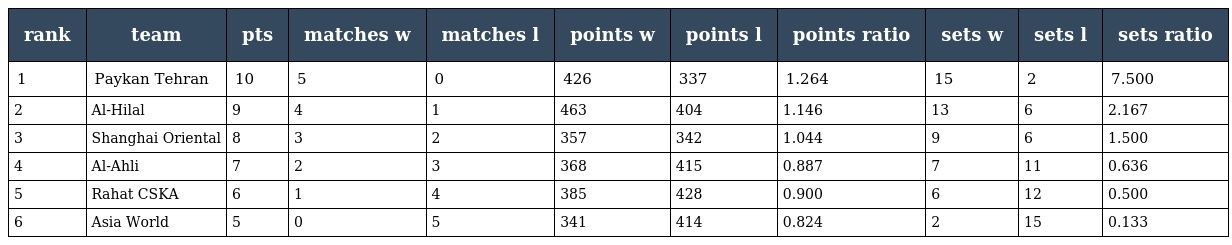
| rank | team | pts | matches w | matches l | points w | points l | points ratio | sets w | sets l | sets ratio |
 | --- | --- | --- | --- | --- | --- | --- | --- | --- | --- | --- |
 | 1 | Paykan Tehran | 10 | 5 | 0 | 426 | 337 | 1.264 | 15 | 2 | 7.500 |
 | 2 | Al-Hilal | 9 | 4 | 1 | 463 | 404 | 1.146 | 13 | 6 | 2.167 |
 | 3 | Shanghai Oriental | 8 | 3 | 2 | 357 | 342 | 1.044 | 9 | 6 | 1.500 |
 | 4 | Al-Ahli | 7 | 2 | 3 | 368 | 415 | 0.887 | 7 | 11 | 0.636 |
 | 5 | Rahat CSKA | 6 | 1 | 4 | 385 | 428 | 0.900 | 6 | 12 | 0.500 |
 | 6 | Asia World | 5 | 0 | 5 | 341 | 414 | 0.824 | 2 | 15 | 0.133 |